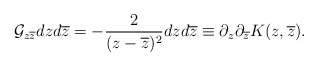
\begin{align*}{\cal G}_{z\overline z}dzd\overline z=-\frac{2}{(z-\overline z)^2}dzd\overline z\equiv\partial_z\partial_{\overline z}K(z,\overline z).\end{align*}